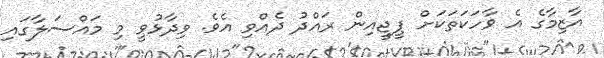
އާޒިމާގެ އެ ވާހަކަތަކަށް ޕީޖީއިން ރައްދު ދެއްވި އެވެ. ވިދާޅުވީ މި މައްސަލާގައި